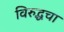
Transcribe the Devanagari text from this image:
विरुद्धचा